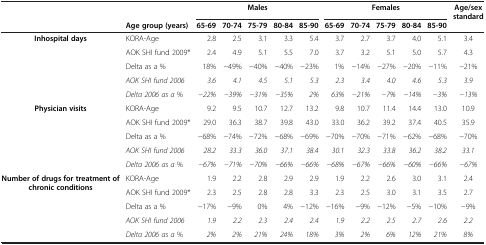
<table><thead><tr><td><b> </b></td><td><b> </b></td><td colspan="5"><b>Males</b></td><td colspan="5"><b>Females</b></td><td><b>Age/sex standard</b></td></tr><tr><td><b> </b></td><td><b>Age group (years)</b></td><td><b>65-69</b></td><td><b>70-74</b></td><td><b>75-79</b></td><td><b>80-84</b></td><td><b>85-90</b></td><td><b>65-69</b></td><td><b>70-74</b></td><td><b>75-79</b></td><td><b>80-84</b></td><td><b>85-90</b></td><td><b> </b></td></tr></thead><tbody><tr><td rowspan="5"><b>Inhospital days</b></td><td>KORA-Age</td><td>2.8</td><td>2.5</td><td>3.1</td><td>3.3</td><td>5.4</td><td>3.7</td><td>2.7</td><td>3.7</td><td>4.0</td><td>5.1</td><td>3.4</td></tr><tr><td>AOK SHI fund 2009*</td><td>2.4</td><td>4.9</td><td>5.1</td><td>5.5</td><td>7.0</td><td>3.7</td><td>3.2</td><td>5.1</td><td>5.0</td><td>5.7</td><td>4.3</td></tr><tr><td>Delta as a %</td><td>18%</td><td>−49%</td><td>−40%</td><td>−40%</td><td>−23%</td><td>1%</td><td>−14%</td><td>−27%</td><td>−20%</td><td>−11%</td><td>−21%</td></tr><tr><td><i>AOK SHI fund 2006</i></td><td><i>3.6</i></td><td><i>4.1</i></td><td><i>4.5</i></td><td><i>5.1</i></td><td><i>5.3</i></td><td><i>2.3</i></td><td><i>3.4</i></td><td><i>4.0</i></td><td><i>4.6</i></td><td><i>5.3</i></td><td><i>3.9</i></td></tr><tr><td><i>Delta 2006 as a </i>%</td><td><i>−22%</i></td><td><i>−39%</i></td><td><i>−31%</i></td><td><i>−35%</i></td><td><i>2%</i></td><td><i>63%</i></td><td><i>−21%</i></td><td><i>−7%</i></td><td><i>−14%</i></td><td><i>−3%</i></td><td><i>−13%</i></td></tr><tr><td rowspan="5"><b>Physician visits</b></td><td>KORA-Age</td><td>9.2</td><td>9.5</td><td>10.7</td><td>12.7</td><td>13.2</td><td>9.8</td><td>10.7</td><td>11.4</td><td>14.4</td><td>13.0</td><td>10.9</td></tr><tr><td>AOK SHI fund 2009*</td><td>29.0</td><td>36.3</td><td>38.7</td><td>39.8</td><td>43.0</td><td>33.0</td><td>36.2</td><td>39.2</td><td>37.4</td><td>40.5</td><td>35.9</td></tr><tr><td>Delta as a %</td><td>−68%</td><td>−74%</td><td>−72%</td><td>−68%</td><td>−69%</td><td>−70%</td><td>−70%</td><td>−71%</td><td>−62%</td><td>−68%</td><td>−70%</td></tr><tr><td><i>AOK SHI fund 2006</i></td><td><i>28.2</i></td><td><i>33.3</i></td><td><i>36.0</i></td><td><i>37.1</i></td><td><i>38.4</i></td><td><i>30.1</i></td><td><i>32.3</i></td><td><i>33.8</i></td><td><i>36.2</i></td><td><i>38.2</i></td><td><i>33.1</i></td></tr><tr><td><i>Delta 2006 as a </i>%</td><td><i>−67%</i></td><td><i>−71%</i></td><td><i>−70%</i></td><td><i>−66%</i></td><td><i>−66%</i></td><td><i>−68%</i></td><td><i>−67%</i></td><td><i>−66%</i></td><td><i>−60%</i></td><td><i>−66%</i></td><td><i>−67%</i></td></tr><tr><td rowspan="5"><b>Number of drugs for treatment of chronic conditions</b></td><td>KORA-Age</td><td>1.9</td><td>2.2</td><td>2.8</td><td>2.9</td><td>2.9</td><td>1.9</td><td>2.2</td><td>2.6</td><td>3.0</td><td>3.1</td><td>2.4</td></tr><tr><td>AOK SHI fund 2009*</td><td>2.3</td><td>2.5</td><td>2.8</td><td>2.8</td><td>3.3</td><td>2.3</td><td>2.5</td><td>3.0</td><td>3.1</td><td>3.5</td><td>2.7</td></tr><tr><td>Delta as a %</td><td>−17%</td><td>−9%</td><td>0%</td><td>4%</td><td>−12%</td><td>−16%</td><td>−9%</td><td>−12%</td><td>−5%</td><td>−10%</td><td>−9%</td></tr><tr><td><i>AOK SHI fund 2006</i></td><td><i>1.9</i></td><td><i>2.2</i></td><td><i>2.3</i></td><td><i>2.4</i></td><td><i>2.4</i></td><td><i>1.9</i></td><td><i>2.2</i></td><td><i>2.5</i></td><td><i>2.7</i></td><td><i>2.6</i></td><td><i>2.2</i></td></tr><tr><td><i>Delta 2006 as a </i>%</td><td><i>2%</i></td><td><i>2%</i></td><td><i>21%</i></td><td><i>24%</i></td><td><i>18%</i></td><td><i>3%</i></td><td><i>2%</i></td><td><i>6%</i></td><td><i>12%</i></td><td><i>21%</i></td><td><i>8%</i></td></tr></tbody></table>